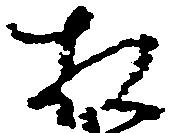
相